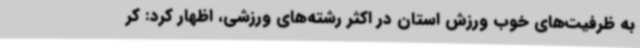
به ظرفیت‌های خوب ورزش استان در اکثر رشته‌های ورزشی، اظهار کرد: کر